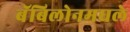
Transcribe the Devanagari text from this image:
बॅबिलोनमधले